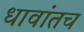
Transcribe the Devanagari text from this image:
धावांतच